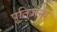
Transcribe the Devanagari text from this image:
पूतिजन्य